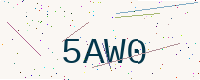
Text: 5AW0